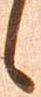
候